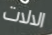
الالات